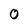
Character: 0